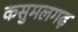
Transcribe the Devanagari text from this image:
कसुमलगढ़